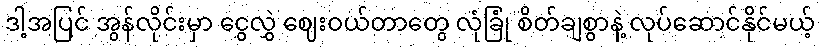
ဒါ့အပြင် အွန်လိုင်းမှာ ငွေလွှဲ ဈေးဝယ်တာတွေ လုံခြုံ စိတ်ချစွာနဲ့ လုပ်ဆောင်နိုင်မယ့်